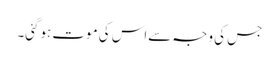
جس کی وجہ سےاس کی موت ہوگئی۔